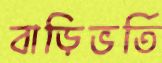
বাড়িভর্তি